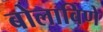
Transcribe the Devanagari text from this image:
बोलाविणे